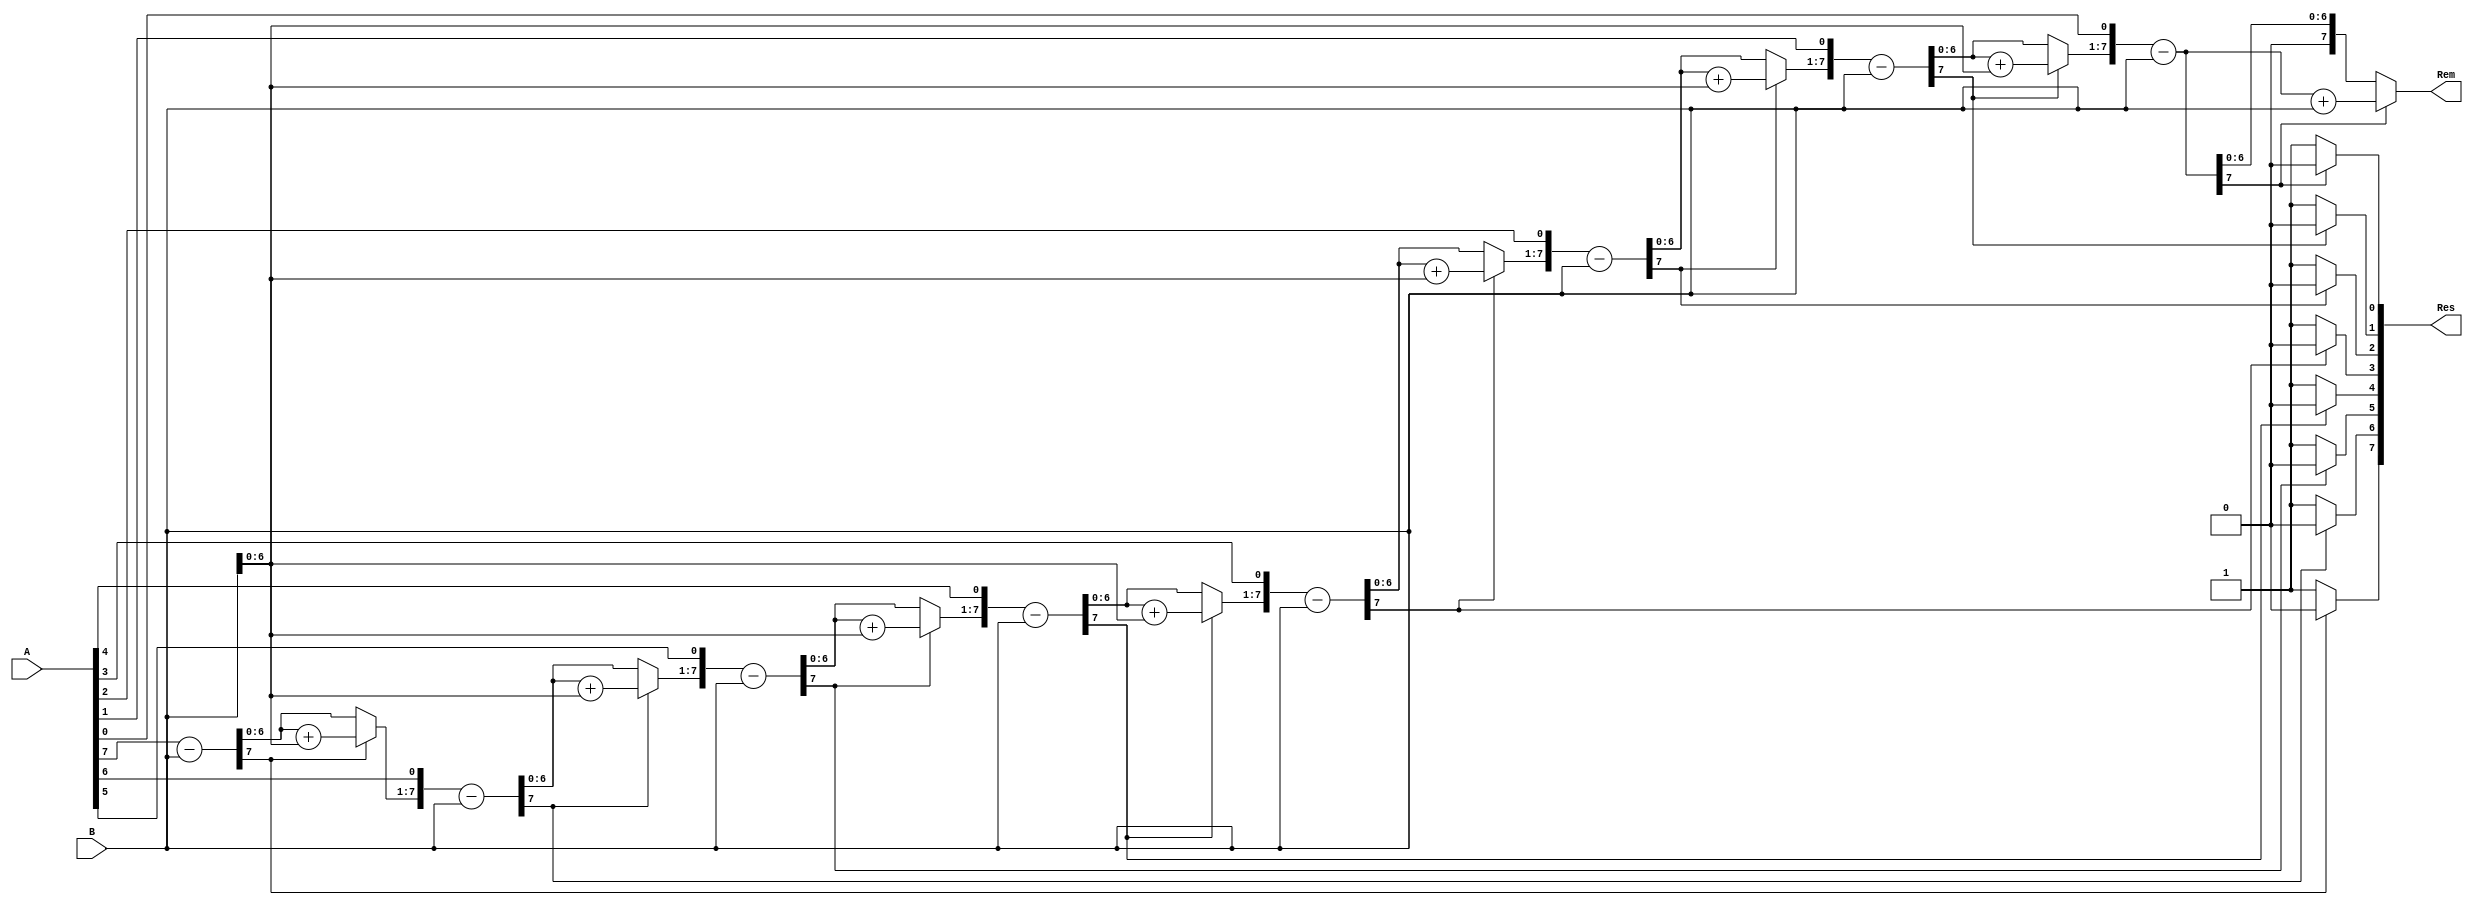
module division(A, B, Res, Rem);
  parameter WIDTH = 8;
  input [WIDTH-1:0] A;
  input [WIDTH-1:0] B;
  output [WIDTH-1:0] Res;
  output reg [WIDTH-1:0] Rem;
  reg [WIDTH-1:0] Res;
  reg [WIDTH-1:0] a1, b1;
  reg [WIDTH:0] p1;
  integer i;

  always @(A or B)
    begin
      a1 = A;
      b1 = B;
      p1 = 0;

      for (i = 0; i < WIDTH; i = i + 1) begin
        p1 = {p1[WIDTH-2:0], a1[WIDTH-1]};
        a1[WIDTH-1:1] = a1[WIDTH-2:0];
        p1 = p1 - b1;

        if (p1[WIDTH-1] == 1'b1) begin
          a1[0] = 0;
          p1 = p1 + b1;
        end else begin
          a1[0] = 1;
        end
      end
      Res = a1;
      Rem = p1;
    end

endmodule